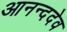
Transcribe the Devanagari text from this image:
आनन्ददेव